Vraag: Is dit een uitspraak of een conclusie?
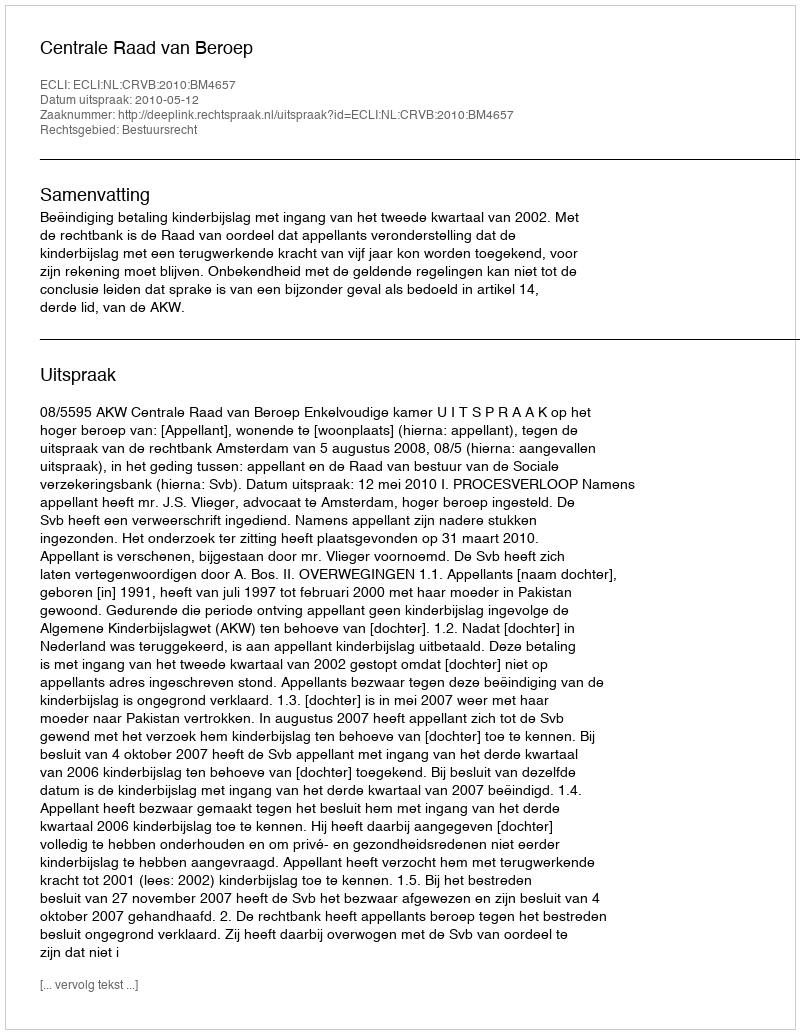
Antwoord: Uitspraak